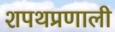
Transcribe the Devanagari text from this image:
शपथप्रणाली